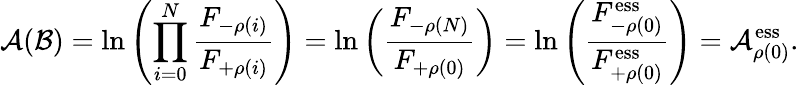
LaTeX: \mathcal{A}(\mathcal{B})=\ln\left(\prod_{i=0}^{N}\frac{F_{-\rho(i)}}{F_{+\rho(i)}}\right)=\ln\left(\frac{F_{{-\rho}(N)}}{F_{{+\rho(0)}}}\right)=\ln\left(\frac{F_{{-\rho}(0)}^{\mathrm{ess}}}{F_{{+\rho(0)}}^{\mathrm{ess}}}\right)=\mathcal{A}_{\rho(0)}^{\mathrm{ess}}.